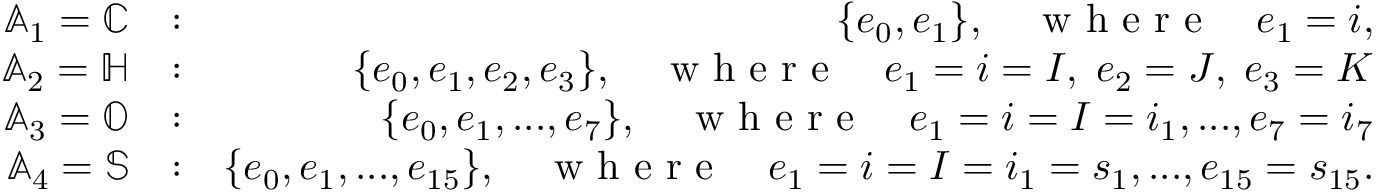
\begin{array} { r l r } { \mathbb { A } _ { 1 } = \mathbb { C } } & { : } & { \{ e _ { 0 } , e _ { 1 } \} , \quad \textrm { w h e r e } \quad e _ { 1 } = i , } \\ { \mathbb { A } _ { 2 } = \mathbb { H } } & { : } & { \{ e _ { 0 } , e _ { 1 } , e _ { 2 } , e _ { 3 } \} , \quad \textrm { w h e r e } \quad e _ { 1 } = i = I , \; e _ { 2 } = J , \; e _ { 3 } = K } \\ { \mathbb { A } _ { 3 } = \mathbb { O } } & { : } & { \{ e _ { 0 } , e _ { 1 } , . . . , e _ { 7 } \} , \quad \textrm { w h e r e } \quad e _ { 1 } = i = I = i _ { 1 } , . . . , e _ { 7 } = i _ { 7 } } \\ { \mathbb { A } _ { 4 } = \mathbb { S } } & { : } & { \{ e _ { 0 } , e _ { 1 } , . . . , e _ { 1 5 } \} , \quad \textrm { w h e r e } \quad e _ { 1 } = i = I = i _ { 1 } = s _ { 1 } , . . . , e _ { 1 5 } = s _ { 1 5 } . } \end{array}